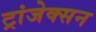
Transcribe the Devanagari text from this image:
ट्रांजेक्सन